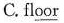
C.fl\underline{oor}